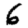
Digit: 6